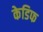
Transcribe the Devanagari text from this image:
केडिफ